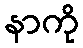
နာကို